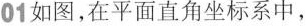
01如图，在平面直角坐标系中，